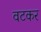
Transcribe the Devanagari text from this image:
वटकर